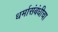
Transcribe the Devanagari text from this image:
धर्मासंबंधीचा